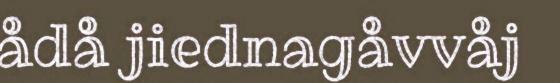
ådå jiednagåvvåj